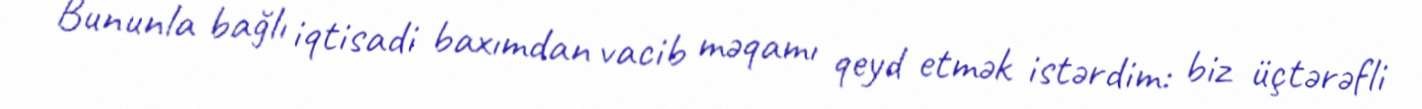
Bununla bağlı iqtisadi baxımdan vacib məqamı qeyd etmək istərdim: biz üçtərəfli